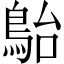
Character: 𩿡